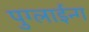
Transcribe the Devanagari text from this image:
पुग्लाईन्ग